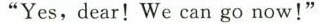
"Yes,dear! We can go now!"